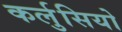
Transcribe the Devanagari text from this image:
कर्लुसियो